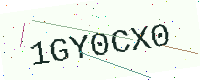
Text: 1GY0CX0